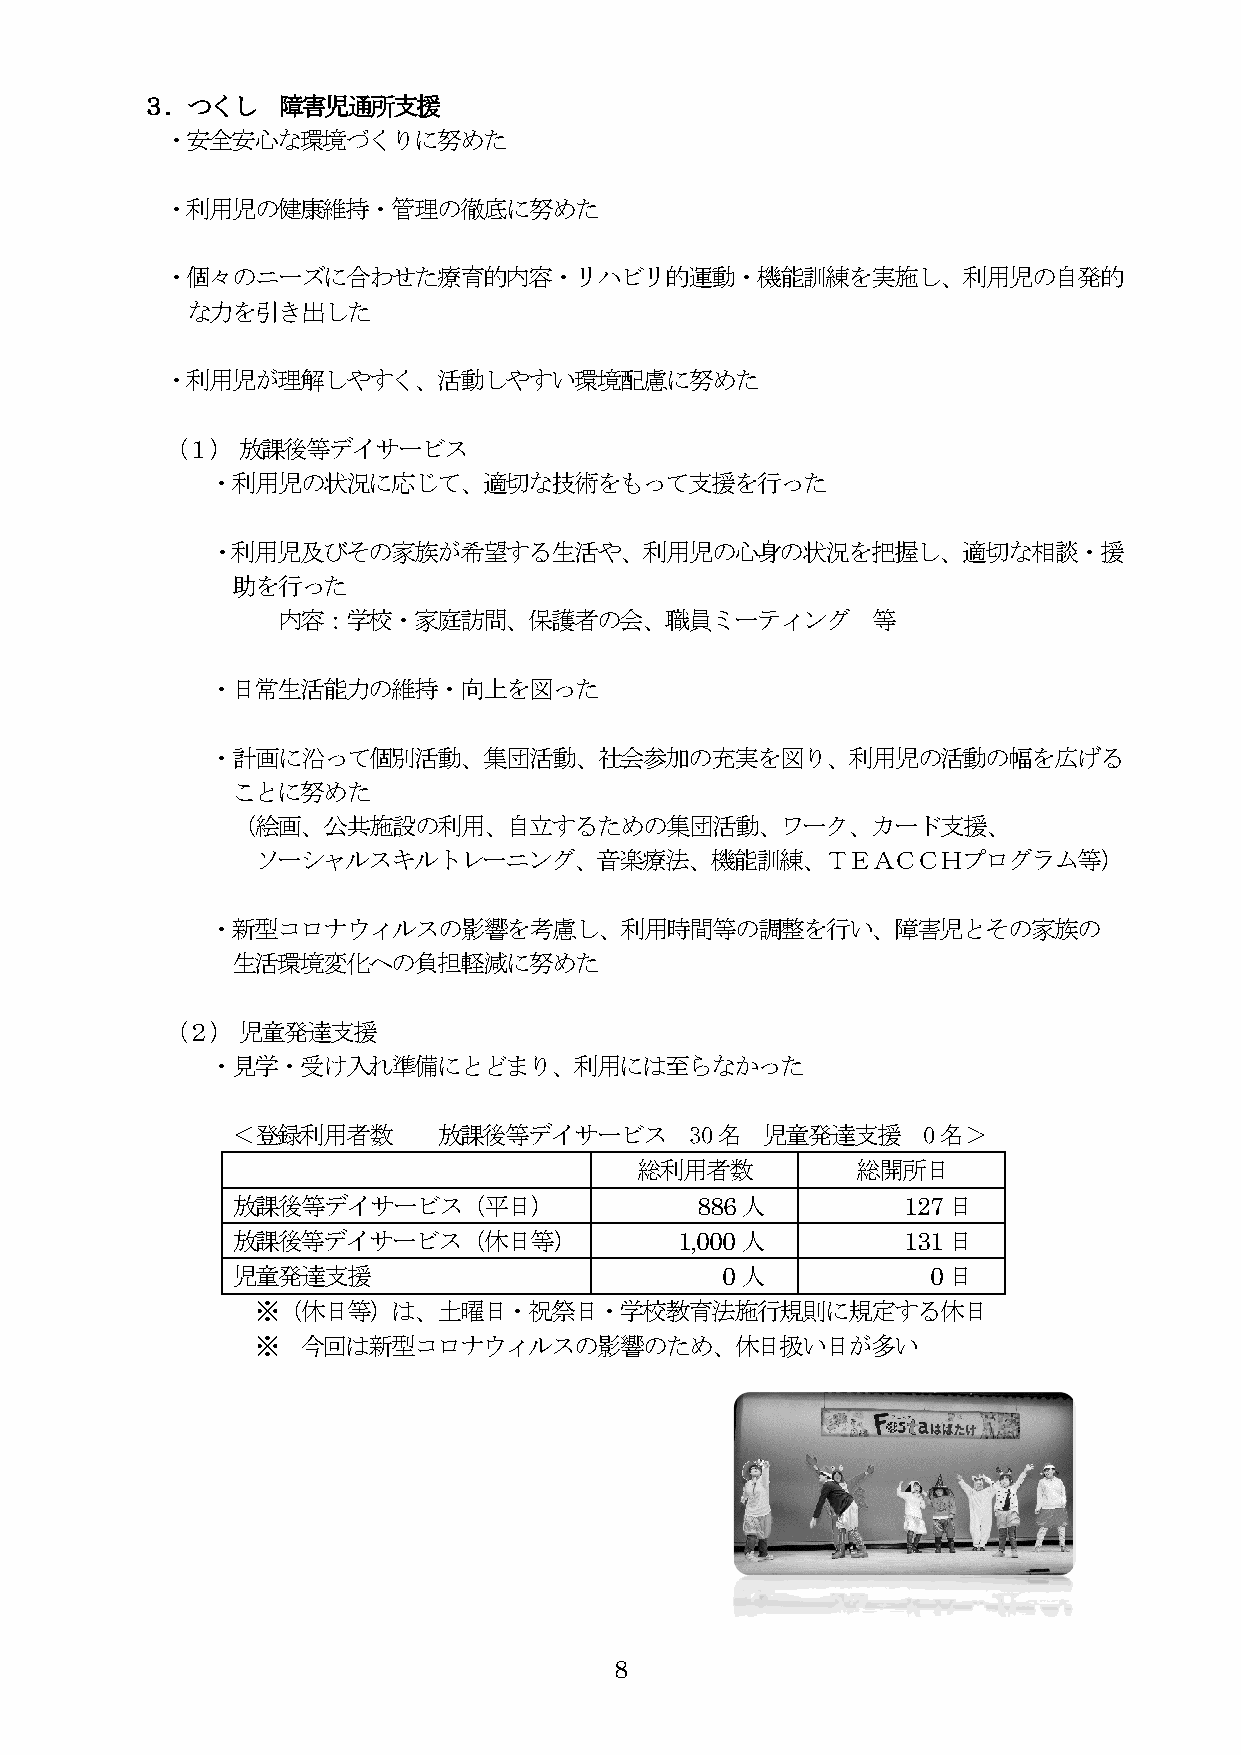
３．つくし    障害児通所支援
 ・安全安心な環境づくりに努めた
 ・利用児の健康維持・管理の徹底に努めた
 ・個々のニーズに合わせた療育的内容・リハビリ的運動・機能訓練を実施し、利用児の自発的
 な力を引き出した
 ・利用児が理解しやすく、活動しやすい環境配慮に努めた
 （１）  放課後等デイサービス
 ・利用児の状況に応じて、適切な技術をもって支援を行った
 ・利用児及びその家族が希望する生活や、利用児の心身の状況を把握し、適切な相談・援
 助を行った
 内容：学校・家庭訪問、保護者の会、職員ミーティング               等
 ・日常生活能力の維持・向上を図った
 ・計画に沿って個別活動、集団活動、社会参加の充実を図り、利用児の活動の幅を広げる
 ことに努めた
 （絵画、公共施設の利用、自立するための集団活動、ワーク、カード支援、
 ソーシャルスキルトレーニング、音楽療法、機能訓練、ＴＥＡＣＣＨプログラム等）
 ・新型コロナウィルスの影響を考慮し、利用時間等の調整を行い、障害児とその家族の
 生活環境変化への負担軽減に努めた
 （２）  児童発達支援
 ・見学・受け入れ準備にとどまり、利用には至らなかった
 ＜登録利用者数       放課後等デイサービス       30名  児童発達支援    0名＞
 総利用者数          総開所日
 放課後等デイサービス（平日）                 886人          127日
 放課後等デイサービス（休日等）               1,000人         131日
 児童発達支援                           0人            0日
 ※（休日等）は、土曜日・祝祭日・学校教育法施行規則に規定する休日
 ※  今回は新型コロナウィルスの影響のため、休日扱い日が多い
 8